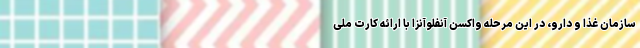
سازمان غذا و دارو، در این مرحله واکسن آنفلوآنزا با ارائه کارت ملی